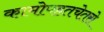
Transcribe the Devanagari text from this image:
कामोपहतचेतसे